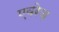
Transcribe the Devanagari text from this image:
एवरेज़